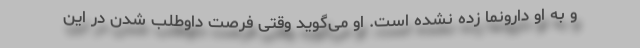
و به او دارونما زده نشده است. او می‌گوید وقتی فرصت داوطلب شدن در این